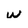
Character: w